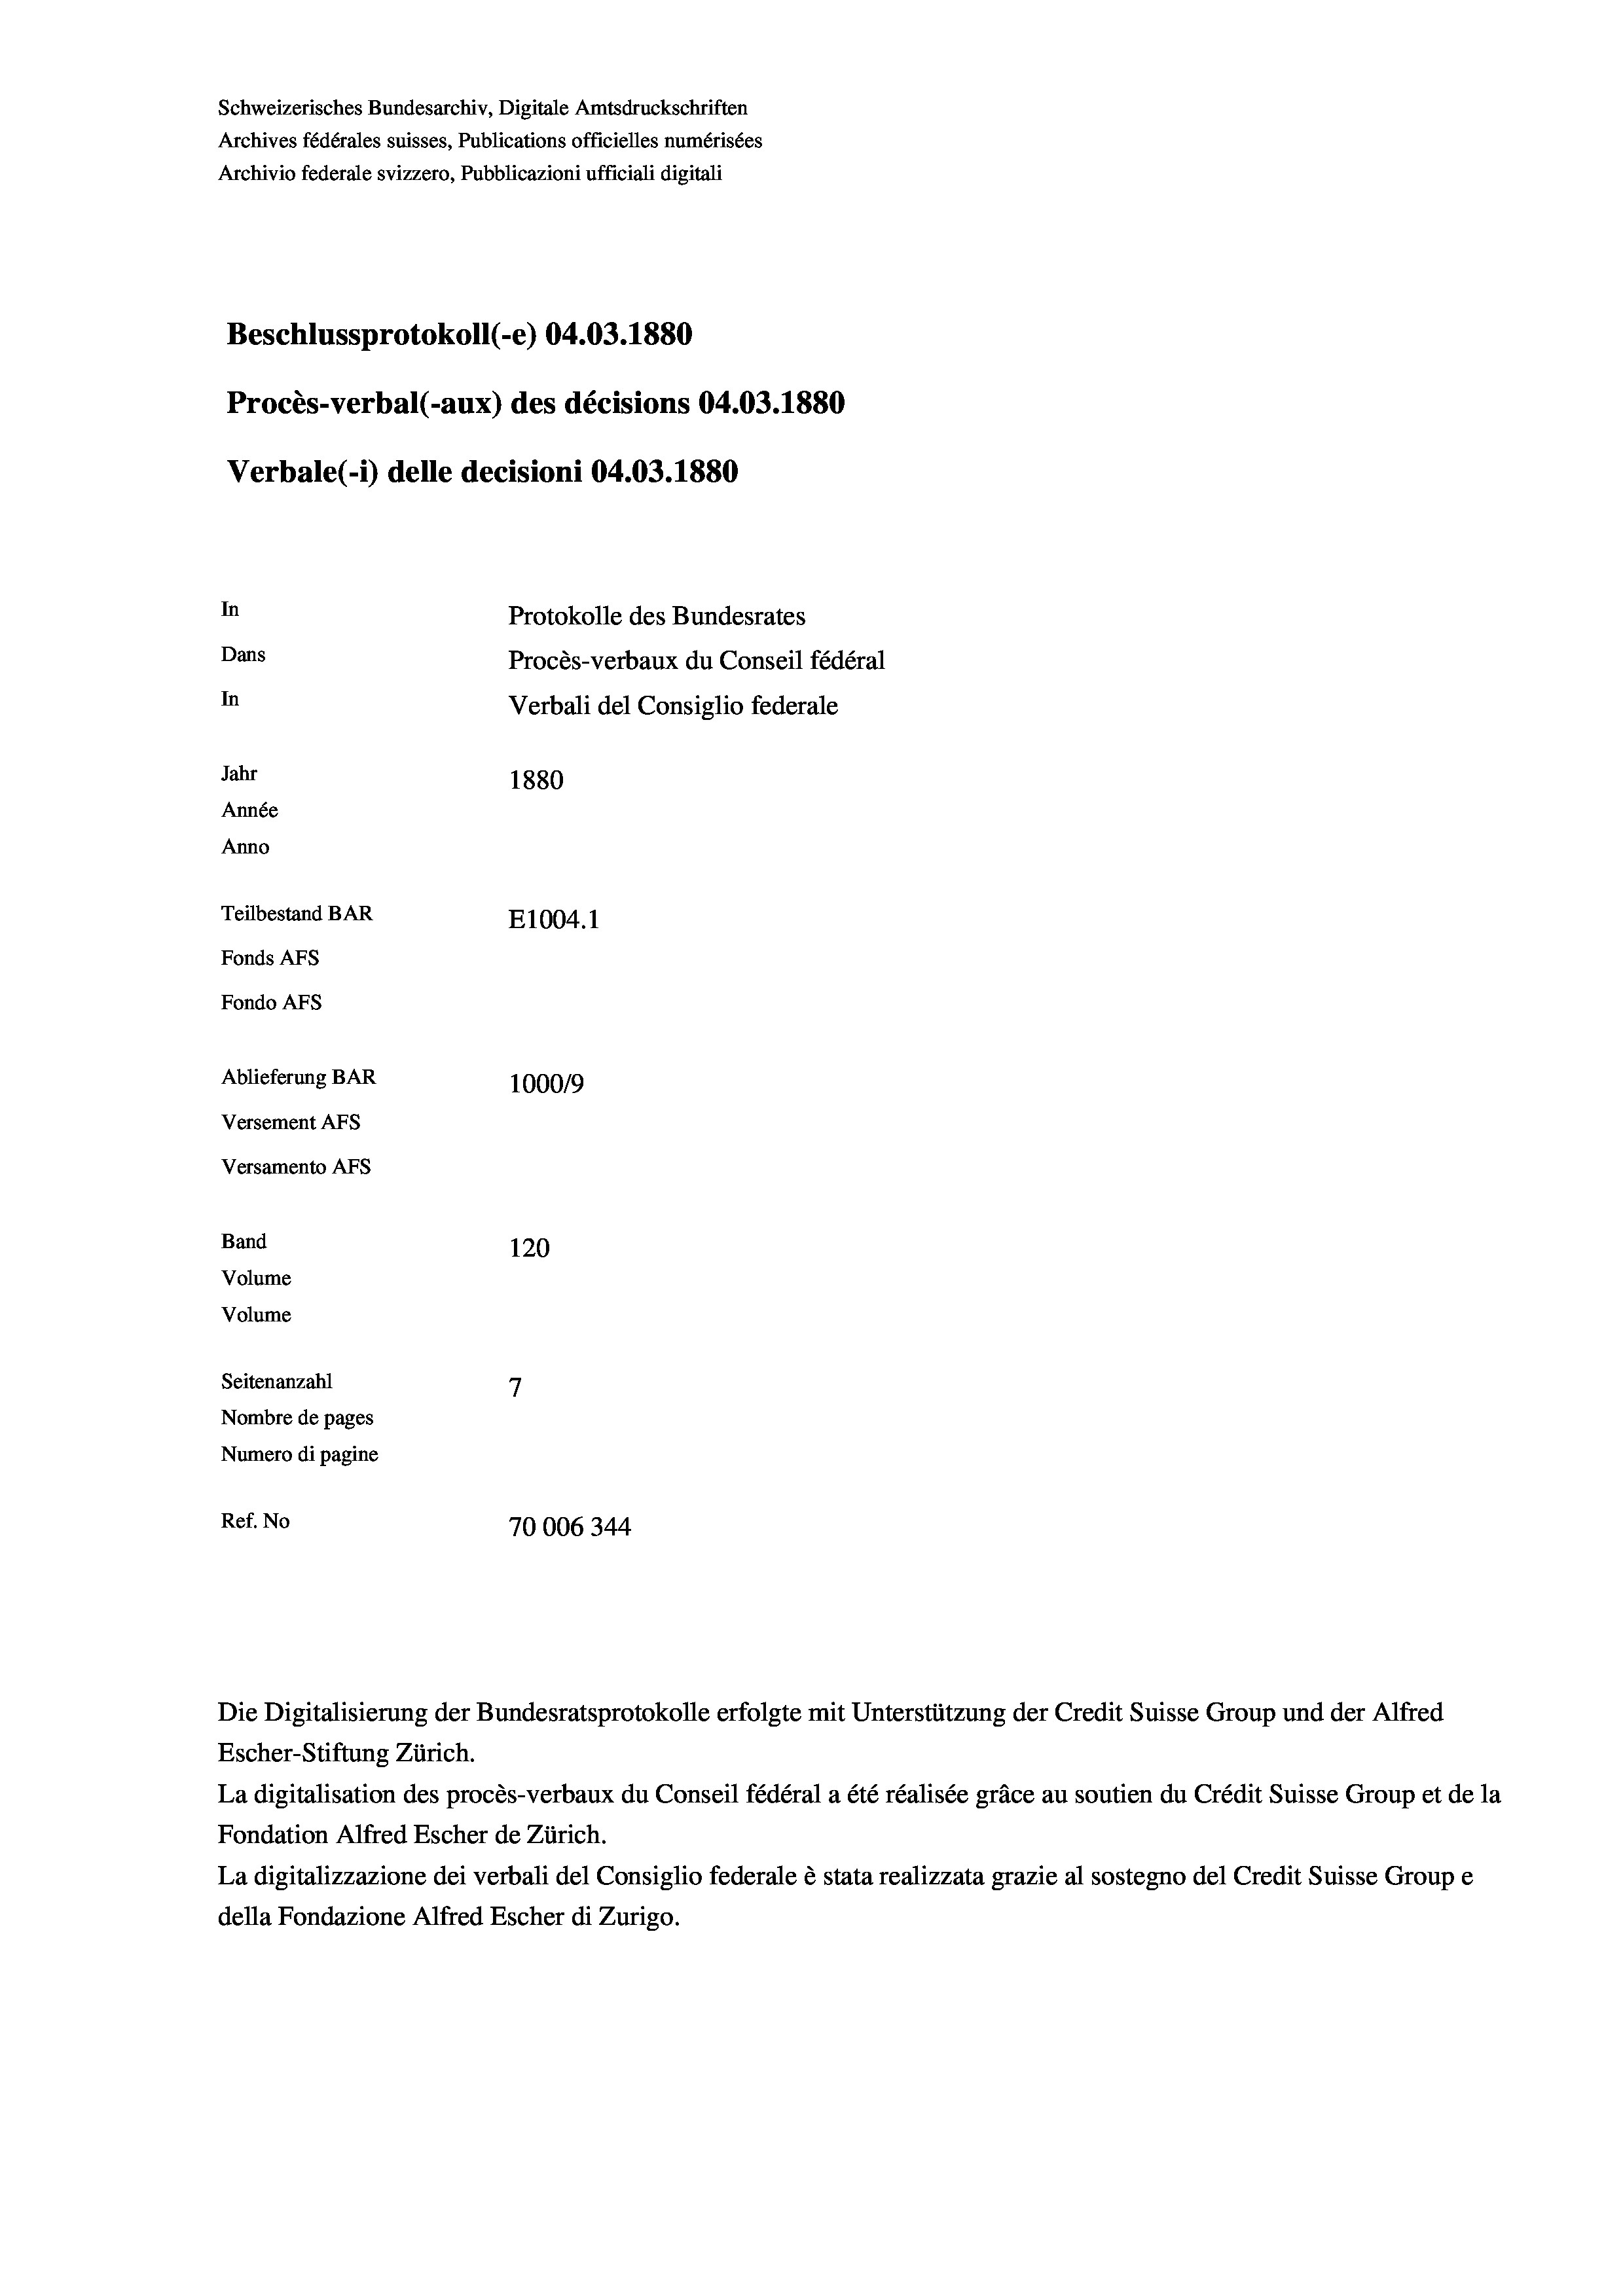
Schweizerisches Bundesarchiv, Digitale Amtsdruckschriften
Archives fédérales suisses, Publications officielles numérisées
Archivio federale svizzero, Pubblicazioni ufficiali digitali
Beschlussprotokoll (-e) 04.03. 1880
Procès-verbal (-aux) des décisions 04.03. 1880
Verbale (1) delle decisioni 04.03. 1880
In
Protokolle des Bundesrates
Dans
Procès-verbaux du Conseil fédéral
In
Verbali del Consiglio federale
Jahr
1880
Année
Anno
Teilbestand BAR
E1004.1
Fonds AFs
Fondo AFs
Ablieferung BAR
1000/9
Versement Abs
Versamento AFs
Band
120
Volume
Volume

7
Seitenanzahl
Nombre de pages
Numero di pagine
Ref. No
70006344

Escher-Stiftung Zürich.
La digitalisation des procès-verbaux du Conseil fédéral a été réalisée gräce au soutien du Crédit Suisse Group et de la
Fondation Alfred Escher de Zürich.
La digitalizzazione dei verbali del Consiglio federale è stata realizzata grazie al sostegno del Credit Suisse Groupe
della Fondazione Alfred Escher di Zurigo.

Die Digitalisierung der Bundesratsprotokolle erfolgte mit Unterstützung der Credit Suisse Group und der Alfred